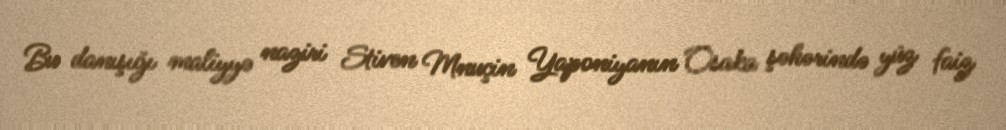
Bu danışığı maliyyə naziri Stiven Mnuçin Yaponiyanın Osaka şəhərində yüz faiz